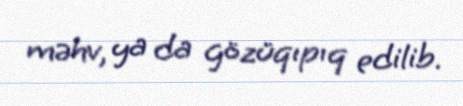
məhv, ya da gözüqıpıq edilib.